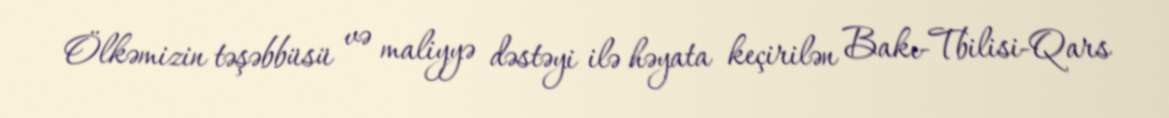
Ölkəmizin təşəbbüsü və maliyyə dəstəyi ilə həyata keçirilən Bakı-Tbilisi-Qars